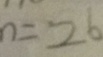
n = 2 6